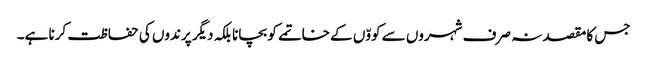
جس کا مقصد نہ صرف شہروں سے کووّں کے خاتمے کو بچانا بلکہ دیگر پرندوں کی حفاظت کرنا ہے۔